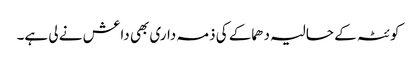
کوئٹہ کے حالیہ دھماکے کی ذمہ داری بھی داعش نے لی ہے۔